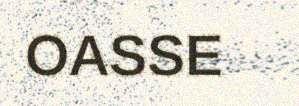
OASSE